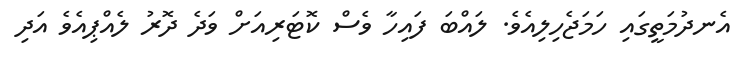
އެނދުމަތީގައި ހަމަޖެހިލިއެވެ. ލައްބަ ފައިހާ ވެސް ކޮޓަރިއަށް ވަދެ ދޮރު ލެއްޕިއެވެ އަދި